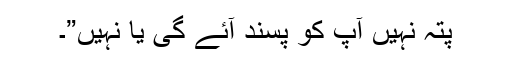
پتہ نہیں آپ کو پسند آئے گی یا نہیں”۔